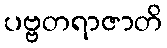
ပဗ္ဗတရာဇာတိ